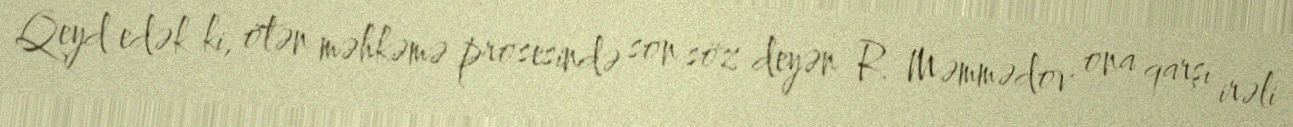
Qeyd edək ki, ötən məhkəmə prosesində son söz deyən R. Məmmədov ona qarşı irəli